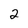
Character: 2